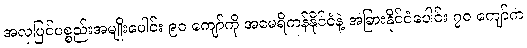
အလှပြင်ပစ္စည်းအမျိုးပေါင်း ၉၀ ကျော်ကို အမေရိကန်နိုင်ငံနဲ့ အခြားနိုင်ငံပေါင်း ၇၀ ကျော်က